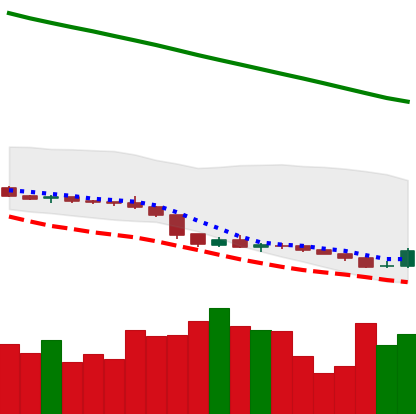
Ticker: XLM-USD
Chart end date: 2019-02-08
Forward return: -5.213%
Label: down_5_7